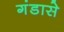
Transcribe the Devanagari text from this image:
गंडासे